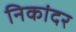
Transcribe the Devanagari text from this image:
निकांदर